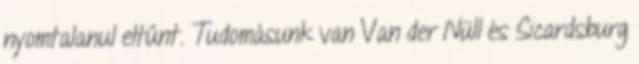
nyomtalanul eltűnt. Tudomásunk van Van der Nüll és Sicardsburg